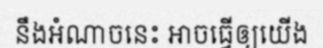
នឹងអំណាចនេះ អាចធ្វើឲ្យយើង